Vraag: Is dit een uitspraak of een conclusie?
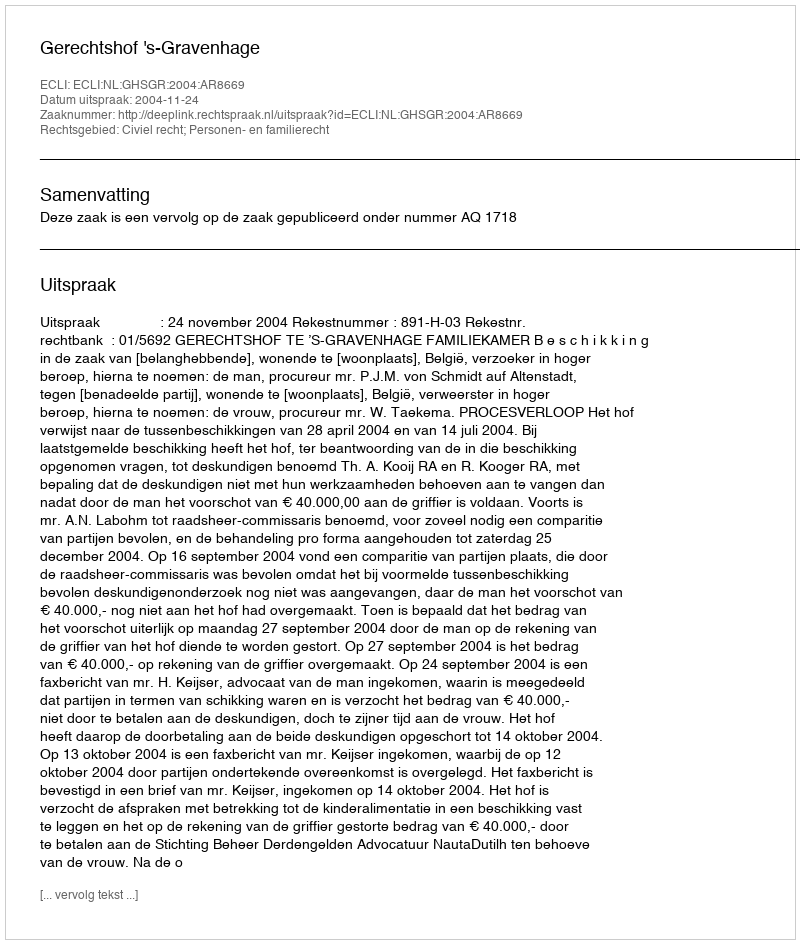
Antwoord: Uitspraak